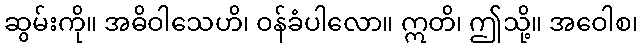
ဆွမ်းကို။ အဓိဝါသေဟိ၊ ဝန်ခံပါလော။ ဣတိ၊ ဤသို့။ အဝေါစ၊